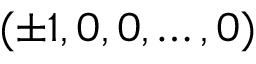
( \pm 1 , 0 , 0 , \dots , 0 )